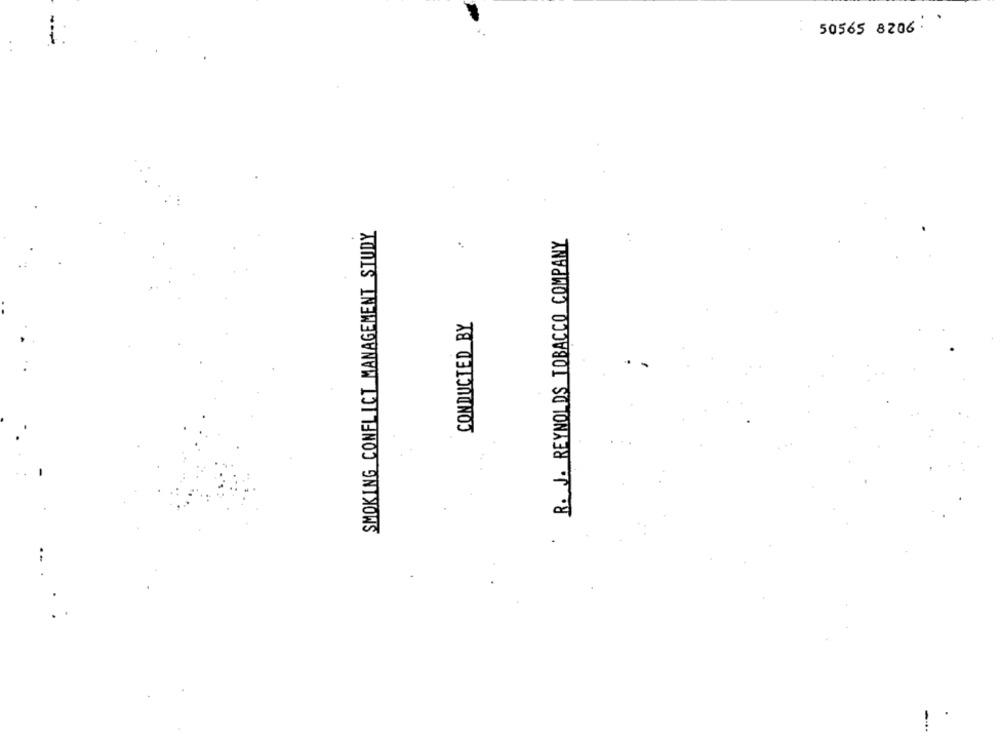
50565 8206: '
SMOKING CONFLICT MANAGEMENT STUDY
R. J. REYNOLDS TOBACCO COMPANY
CONDUCTED BY